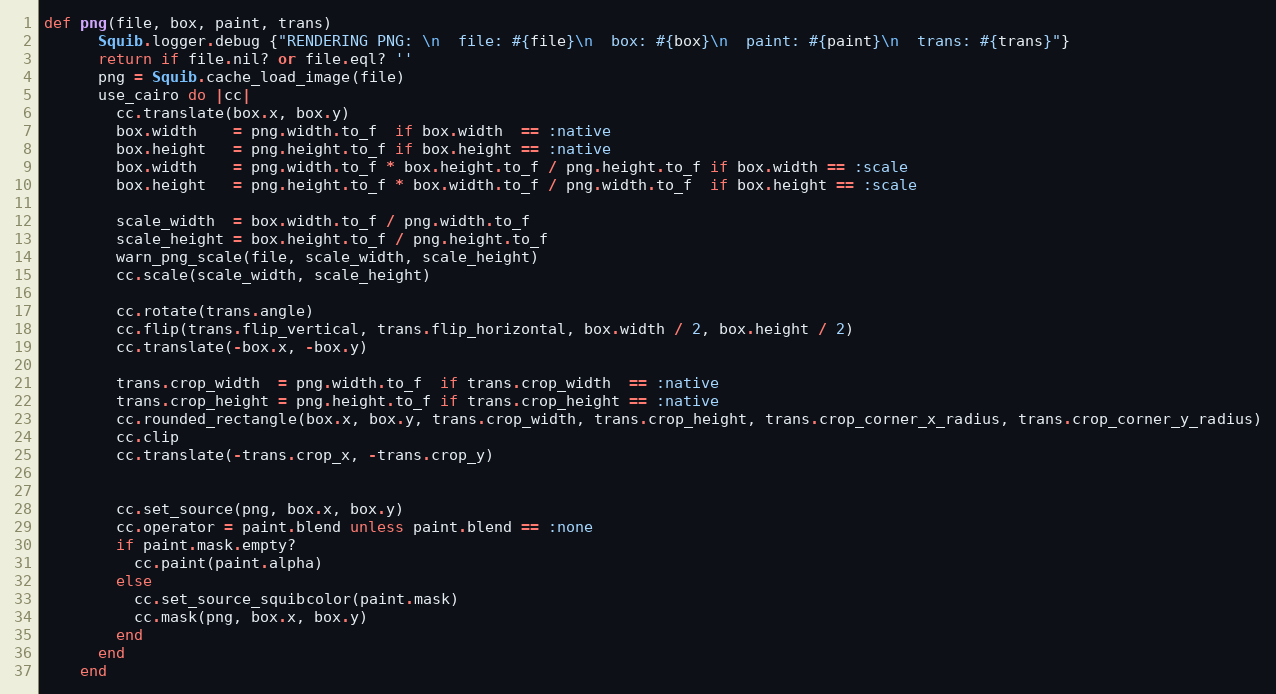
Language: Ruby
def png(file, box, paint, trans)
      Squib.logger.debug {"RENDERING PNG: \n  file: #{file}\n  box: #{box}\n  paint: #{paint}\n  trans: #{trans}"}
      return if file.nil? or file.eql? ''
      png = Squib.cache_load_image(file)
      use_cairo do |cc|
        cc.translate(box.x, box.y)
        box.width    = png.width.to_f  if box.width  == :native
        box.height   = png.height.to_f if box.height == :native
        box.width    = png.width.to_f * box.height.to_f / png.height.to_f if box.width == :scale
        box.height   = png.height.to_f * box.width.to_f / png.width.to_f  if box.height == :scale

        scale_width  = box.width.to_f / png.width.to_f
        scale_height = box.height.to_f / png.height.to_f
        warn_png_scale(file, scale_width, scale_height)
        cc.scale(scale_width, scale_height)

        cc.rotate(trans.angle)
        cc.flip(trans.flip_vertical, trans.flip_horizontal, box.width / 2, box.height / 2)
        cc.translate(-box.x, -box.y)

        trans.crop_width  = png.width.to_f  if trans.crop_width  == :native
        trans.crop_height = png.height.to_f if trans.crop_height == :native
        cc.rounded_rectangle(box.x, box.y, trans.crop_width, trans.crop_height, trans.crop_corner_x_radius, trans.crop_corner_y_radius)
        cc.clip
        cc.translate(-trans.crop_x, -trans.crop_y)

        cc.set_source(png, box.x, box.y)
        cc.operator = paint.blend unless paint.blend == :none
        if paint.mask.empty?
          cc.paint(paint.alpha)
        else
          cc.set_source_squibcolor(paint.mask)
          cc.mask(png, box.x, box.y)
        end
      end
    end